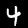
Label: 4